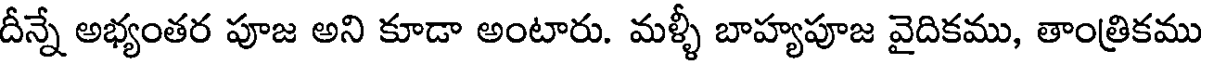
దీన్నే అభ్యంతర పూజ అని కూడా అంటారు. మళ్ళీ బాహ్యపూజ వైదికము, తాంత్రికము